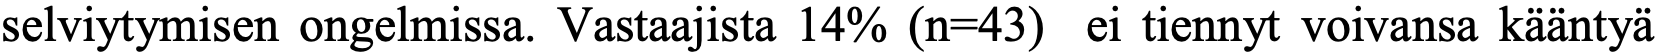
selviytymisen ongelmissa. Vastaajista 14% (n=43) ei tiennyt voivansa kääntyä